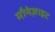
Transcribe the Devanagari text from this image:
मौनेज़ाइट